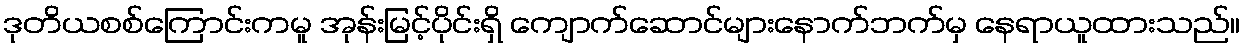
ဒုတိယစစ်ကြောင်းကမူ အုန်းမြင့်ပိုင်းရှိ ကျောက်ဆောင်များနောက်ဘက်မှ နေရာယူထားသည်။